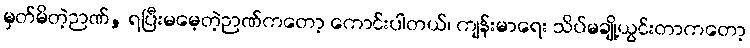
မှတ်မိတဲ့ဉာဏ်, ရပြီးမမေ့တဲ့ဉာဏ်ကတော့ ကောင်းပါတယ်၊ ကျန်းမာရေး သိပ်မချို့ယွင်းတာကတော့